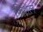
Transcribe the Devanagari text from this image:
फिशेल